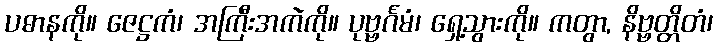
ပဓာနကို။ ဇေဋ္ဌကံ၊ အကြီးအကဲကို။ ပုဗ္ဗင်္ဂမံ၊ ရှေ့သွားကို။ ကတွာ, နိဗ္ဗတ္တိတံ၊